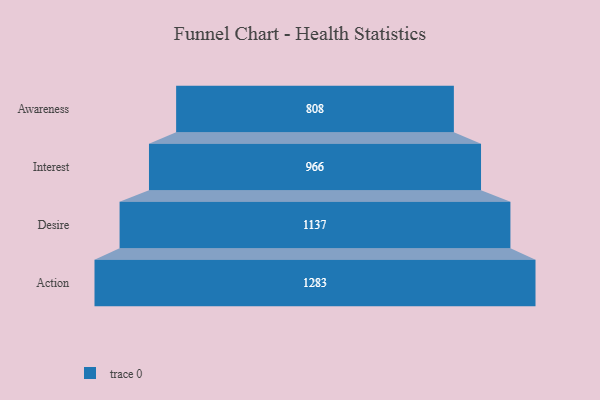
{"axis": {"x": "Stage", "y": "Value"}, "legend": [""], "data": [{"x": "Awareness", "y": 808.0, "type": ""}, {"x": "Interest", "y": 966.0, "type": ""}, {"x": "Desire", "y": 1137.0, "type": ""}, {"x": "Action", "y": 1283.0, "type": ""}]}